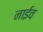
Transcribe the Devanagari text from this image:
नाईव